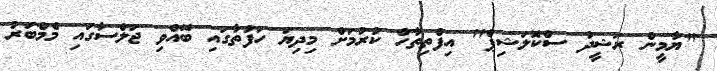
"ޔާމީން ރަޝީދު ސްކޮލަޝިޕް" އިފްތިތާހް ކުރުމަށް މިދިޔަ ހަފުތާގައި ބޭއްވި ޖަލްސާގައި މެމްބަރު